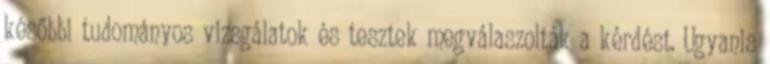
későbbi tudományos vizsgálatok és tesztek megválaszolták a kérdést. Ugyanis